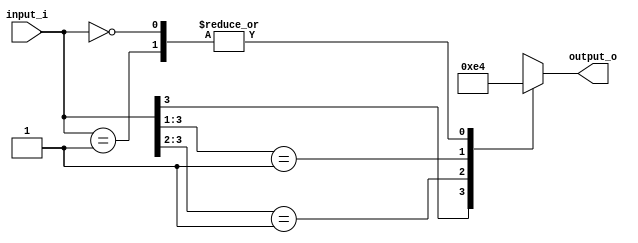
module Encoder_4 (
    input [3:0] input_i,
    output reg [1:0] output_o
  );
  initial begin
    output_o = 0;
  end

  always @(input_i) begin
    casex (input_i)
      4'b1xxx : output_o = 3;
      4'b01xx : output_o = 2;
      4'b001x : output_o = 1;
      4'b0001 : output_o = 0;
      4'b0000 : output_o = 0;
      default: output_o = 0;
    endcase
  end
endmodule

module Encoder_8 (
    input [7:0] input_i,
    output reg [2:0] output_o
  );
  initial begin
    output_o = 0;
  end
  
  always @(input_i) begin
    casex (input_i)
      8'b1xxxxxxx : output_o = 7;
      8'b01xxxxxx : output_o = 6;
      8'b001xxxxx : output_o = 5;
      8'b0001xxxx : output_o = 4;
      8'b00001xxx : output_o = 3;
      8'b000001xx : output_o = 2;
      8'b0000001x : output_o = 1;
      8'b00000001 : output_o = 0;
      8'b00000000 : output_o = 0;
      default: output_o = 0;
    endcase
  end
  
endmodule

module Encoder_16 (
    input [15:0] input_i,
    output reg [3:0] output_o
  );
  initial begin
    output_o = 0;
  end
  
  always @(input_i) begin
    casex (input_i)
      16'b1xxxxxxxxxxxxxxx : output_o = 15;
      16'b01xxxxxxxxxxxxxx : output_o = 14;
      16'b001xxxxxxxxxxxxx : output_o = 13;
      16'b0001xxxxxxxxxxxx : output_o = 12;
      16'b00001xxxxxxxxxxx : output_o = 11;
      16'b000001xxxxxxxxxx : output_o = 10;
      16'b0000001xxxxxxxxx : output_o = 9;
      16'b00000001xxxxxxxx : output_o = 8;
      16'b000000001xxxxxxx : output_o = 7;
      16'b0000000001xxxxxx : output_o = 6;
      16'b00000000001xxxxx : output_o = 5;
      16'b000000000001xxxx : output_o = 4;
      16'b0000000000001xxx : output_o = 3;
      16'b00000000000001xx : output_o = 2;
      16'b000000000000001x : output_o = 1;
      16'b0000000000000001 : output_o = 0;
      16'b0000000000000000 : output_o = 0;
      default: output_o = 0;
    endcase
  end
  
endmodule